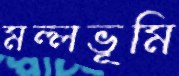
মল্লভূমি